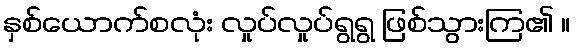
နှစ်ယောက်စလုံး လှုပ်လှုပ်ရွရွ ဖြစ်သွားကြ၏ ။